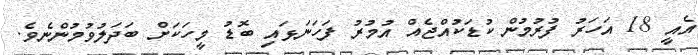
އެއީ 18 އަހަރު ފުރުމުން ކުޑަކުއްޖެއް އުމުރު ފަހަނަޅައި ބޮޑު މީހަކަށް ބަދަލުވުމުންނެވެ.